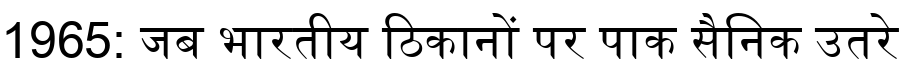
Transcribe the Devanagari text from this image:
1965: जब भारतीय ठिकानों पर पाक सैनिक उतरे